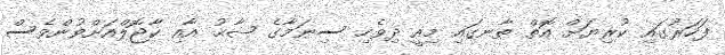
ފަހަރުގައި ކުރިޔަށް އޮތް ތާނގައި މިއީ ދިވެހި ސިނަމާގެ ޝާޙު އާއި ކާޖޮލްއަށްވުންވެސް